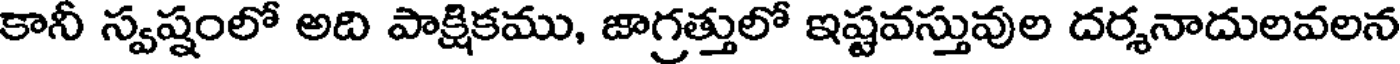
కానీ స్వష్షంలో అది పాక్షికము, జాగ్రత్తులో ఇష్టవస్తువుల దర్శనాదులవలన